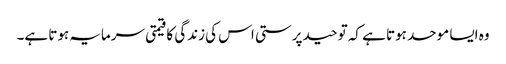
وہ ایسا موحد ہوتا ہے کہ توحید پرستی اس کی زندگی کا قیمتی سرمایہ ہوتا ہے۔